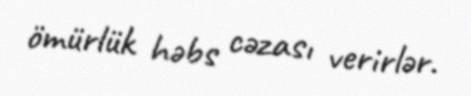
ömürlük həbs cəzası verirlər.